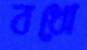
বধো